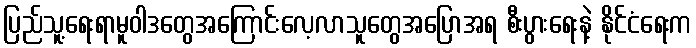
ပြည်သူ့ရေးရာမူဝါဒတွေအကြောင်းလေ့လာသူတွေအပြောအရ စီးပွားရေးနဲ့ နိုင်ငံရေးက